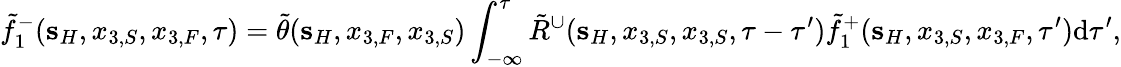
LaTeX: \tilde{f}_{1}^{-}({\mathbf s}_{H},x_{3,S},x_{3,F},\tau)=\tilde{\theta}({\mathbf s}_{H},x_{3,F},x_{3,S})\int_{-\infty}^{\tau}\tilde{R}^{\cup}({\mathbf s}_{H},x_{3,S},x_{3,S},\tau-\tau^{\prime})\tilde{f}_{1}^{+}({\mathbf s}_{H},x_{3,S},x_{3,F},\tau^{\prime})\mathrm{d}\tau^{\prime},